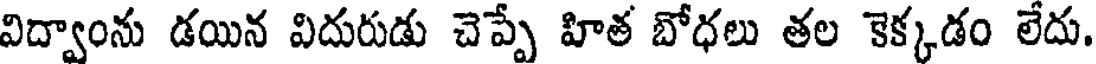
విద్వాంను డయిన విదురుడు చెప్పే హిత బోధలు తల కెక్కడం లేదు.